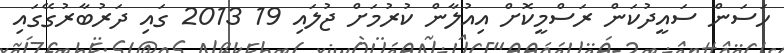
ހަސަން ސައީދުކަން ރަސްމީކޮށް އިއުލާން ކުރުމަށް ޖުލައި 19 2013 ގައި ދަރުބާރުގޭގައި